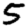
Digit: 5